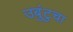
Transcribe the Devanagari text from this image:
उबुंटुचा